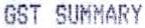
GST SUMMARY